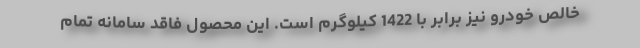
خالص خودرو نیز برابر با 1422 کیلوگرم است. این محصول فاقد سامانه تمام